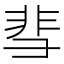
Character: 𬰙